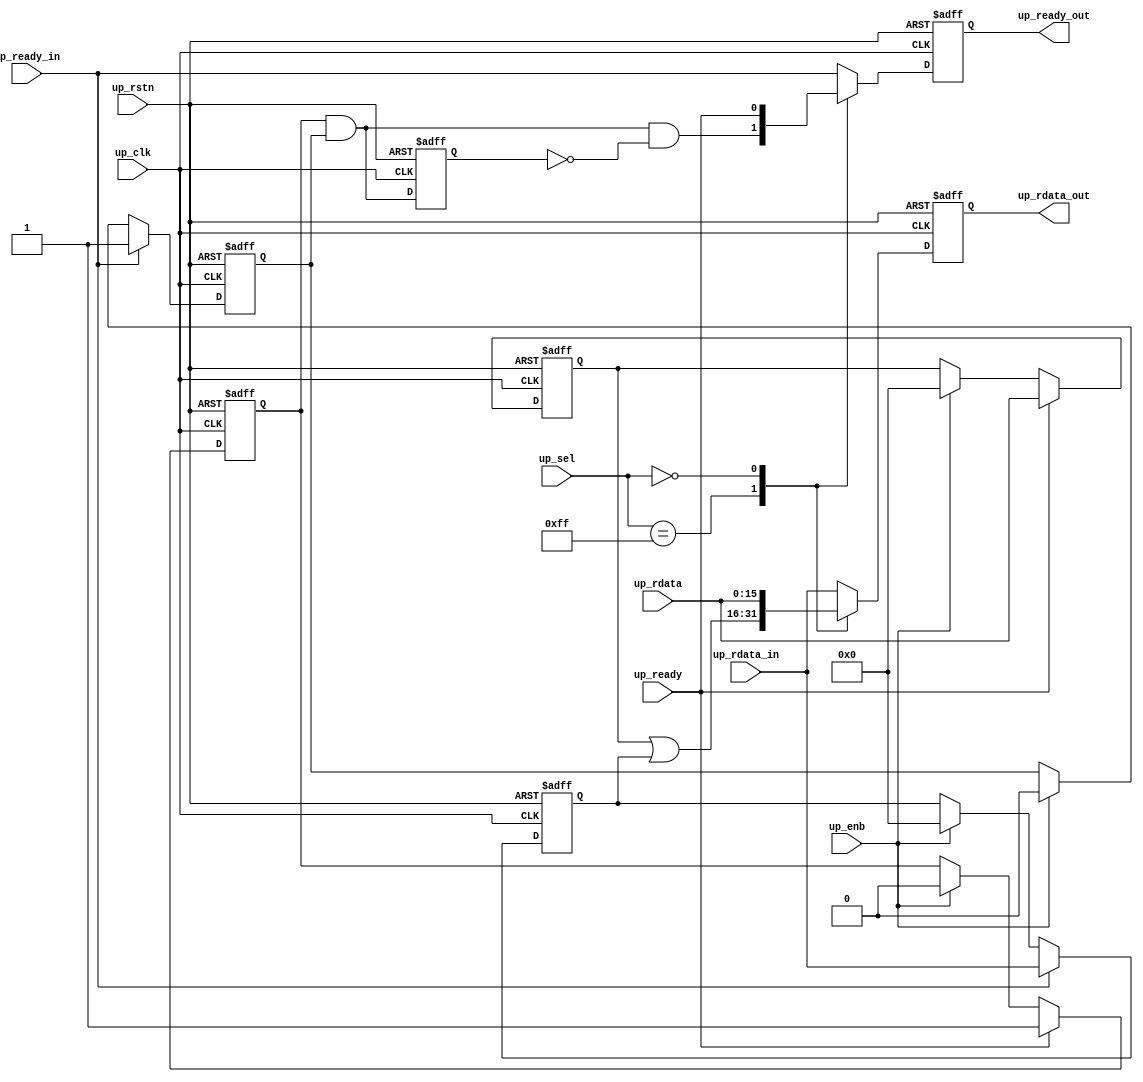
// ***************************************************************************
// ***************************************************************************
// Copyright 2011(c) Analog Devices, Inc.
// 
// All rights reserved.
// 
// Redistribution and use in source and binary forms, with or without modification,
// are permitted provided that the following conditions are met:
//     - Redistributions of source code must retain the above copyright
//       notice, this list of conditions and the following disclaimer.
//     - Redistributions in binary form must reproduce the above copyright
//       notice, this list of conditions and the following disclaimer in
//       the documentation and/or other materials provided with the
//       distribution.
//     - Neither the name of Analog Devices, Inc. nor the names of its
//       contributors may be used to endorse or promote products derived
//       from this software without specific prior written permission.
//     - The use of this software may or may not infringe the patent rights
//       of one or more patent holders.  This license does not release you
//       from the requirement that you obtain separate licenses from these
//       patent holders to use this software.
//     - Use of the software either in source or binary form, must be run
//       on or directly connected to an Analog Devices Inc. component.
//    
// THIS SOFTWARE IS PROVIDED BY ANALOG DEVICES "AS IS" AND ANY EXPRESS OR IMPLIED WARRANTIES,
// INCLUDING, BUT NOT LIMITED TO, NON-INFRINGEMENT, MERCHANTABILITY AND FITNESS FOR A
// PARTICULAR PURPOSE ARE DISCLAIMED.
//
// IN NO EVENT SHALL ANALOG DEVICES BE LIABLE FOR ANY DIRECT, INDIRECT, INCIDENTAL, SPECIAL,
// EXEMPLARY, OR CONSEQUENTIAL DAMAGES (INCLUDING, BUT NOT LIMITED TO, INTELLECTUAL PROPERTY
// RIGHTS, PROCUREMENT OF SUBSTITUTE GOODS OR SERVICES; LOSS OF USE, DATA, OR PROFITS; OR 
// BUSINESS INTERRUPTION) HOWEVER CAUSED AND ON ANY THEORY OF LIABILITY, WHETHER IN CONTRACT,
// STRICT LIABILITY, OR TORT (INCLUDING NEGLIGENCE OR OTHERWISE) ARISING IN ANY WAY OUT OF 
// THE USE OF THIS SOFTWARE, EVEN IF ADVISED OF THE POSSIBILITY OF SUCH DAMAGE.
// ***************************************************************************
// ***************************************************************************

`timescale 1ns/1ps

module axi_adxcvr_mdrp (

  input           up_rstn,
  input           up_clk,

  input   [ 7:0]  up_sel,
  input           up_enb,
  input   [15:0]  up_rdata_in,
  input           up_ready_in,
  input   [15:0]  up_rdata,
  input           up_ready,
  output  [15:0]  up_rdata_out,
  output          up_ready_out);

  // parameters

  parameter   integer XCVR_ID = 0;
  parameter   integer NUM_OF_LANES = 8;

  // internal registers

  reg     [15:0]  up_rdata_int = 'd0;
  reg             up_ready_int = 'd0;
  reg             up_ready_mi = 'd0;
  reg     [15:0]  up_rdata_i = 'd0;
  reg             up_ready_i = 'd0;
  reg     [15:0]  up_rdata_m = 'd0;
  reg             up_ready_m = 'd0;

  // internal signals

  wire            up_ready_s;
  wire    [15:0]  up_rdata_mi_s;
  wire            up_ready_mi_s;

  // disable if not selected

  assign up_rdata_out = up_rdata_int;
  assign up_ready_out = up_ready_int;

  always @(negedge up_rstn or posedge up_clk) begin
    if (up_rstn == 1'b0) begin
      up_rdata_int <= 16'd0;
      up_ready_int <= 1'b0;
    end else begin
      case (up_sel)
        8'hff: begin
          up_rdata_int <= up_rdata_mi_s;
          up_ready_int <= up_ready_mi_s & ~up_ready_mi;
        end
        XCVR_ID: begin
          up_rdata_int <= up_rdata;
          up_ready_int <= up_ready;
        end
        default: begin
          up_rdata_int <= up_rdata_in;
          up_ready_int <= up_ready_in;
        end
      endcase
    end
  end

  always @(negedge up_rstn or posedge up_clk) begin
    if (up_rstn == 1'b0) begin
      up_ready_mi <= 1'b0;
    end else begin
      up_ready_mi <= up_ready_mi_s;
    end
  end

  assign up_rdata_mi_s = up_rdata_m | up_rdata_i;
  assign up_ready_mi_s = up_ready_m & up_ready_i;

  always @(negedge up_rstn or posedge up_clk) begin
    if (up_rstn == 1'b0) begin
      up_rdata_i <= 16'd0;
      up_ready_i <= 1'b0;
    end else begin
      if (up_ready_in == 1'b1) begin
        up_rdata_i <= up_rdata_in;
        up_ready_i <= 1'b1;
      end else if (up_enb == 1'b1) begin
        up_rdata_i <= 16'd0;
        up_ready_i <= 1'b0;
      end
    end
  end

  generate
  if (XCVR_ID < NUM_OF_LANES) begin
  always @(negedge up_rstn or posedge up_clk) begin
    if (up_rstn == 1'b0) begin
      up_rdata_m <= 16'd0;
      up_ready_m <= 1'b0;
    end else begin
      if (up_ready == 1'b1) begin
        up_rdata_m <= up_rdata;
        up_ready_m <= 1'b1;
      end else if (up_enb == 1'b1) begin
        up_rdata_m <= 16'd0;
        up_ready_m <= 1'b0;
      end
    end
  end
  end else begin
  always @(negedge up_rstn or posedge up_clk) begin
    if (up_rstn == 1'b0) begin
      up_rdata_m <= 16'd0;
      up_ready_m <= 1'b0;
    end else begin
      up_rdata_m <= 16'd0;
      up_ready_m <= 1'b1;
    end
  end
  end
  endgenerate

endmodule     

// ***************************************************************************
// ***************************************************************************